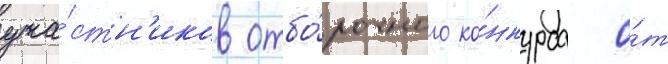
уча́стн'иков отбо́рочного ко́нкурса о́т